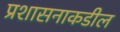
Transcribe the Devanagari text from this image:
प्रशासनाकडील